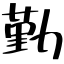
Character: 勤